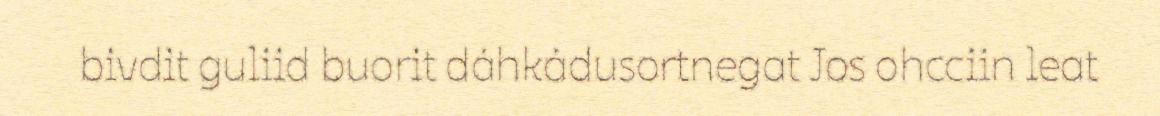
bivdit guliid buorit dáhkádusortnegat Jos ohcciin leat